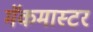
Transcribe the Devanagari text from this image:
मॅकमास्टर